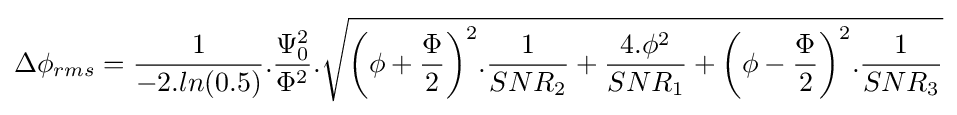
\Delta \phi _{rms}={\frac {1}{-2.ln(0.5)}}.{\frac {\Psi _{0}^{2}}{\Phi ^{2}}}.{\sqrt {{\bigg (}\phi +{\frac {\Phi }{2}}{\bigg )}^{2}.{\frac {1}{SNR_{2}}}+{\frac {4.\phi ^{2}}{SNR_{1}}}+{\bigg (}\phi -{\frac {\Phi }{2}}{\bigg )}^{2}.{\frac {1}{SNR_{3}}}}}